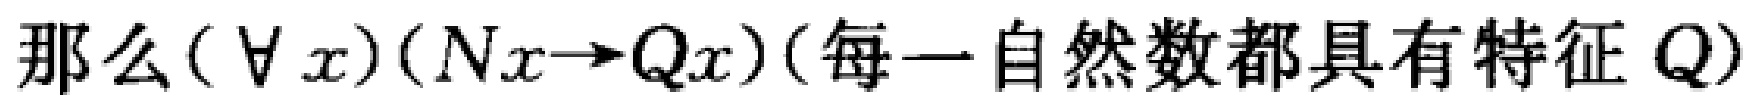
那么$(\forall x)(Nx\rightarrow Qx)$(每一自然数都具有特征$Q$)